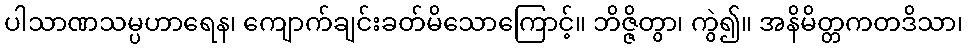
ပါသာဏသမ္ပဟာရေန၊ ကျောက်ချင်းခတ်မိသောကြောင့်။ ဘိဇ္ဇိတွာ၊ ကွဲ၍။ အနိမိတ္တကတဒိသာ၊